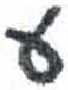
אות: ע